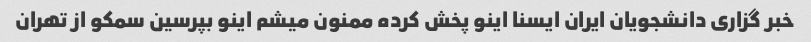
خبر گزاری دانشجویان ایران ایسنا اینو پخش کرده ممنون میشم اینو بپرسین سمکو از تهران